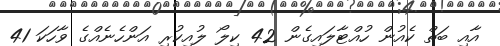
އާއި ބަތް ކެއުން ހުއްޓާލައިގެން 42 ކިލޯ ލުއިކުރި އަންހެނެއްގެ ވާހަކަ 41